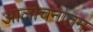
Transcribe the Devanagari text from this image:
आलोचनातम